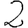
Digit: 2